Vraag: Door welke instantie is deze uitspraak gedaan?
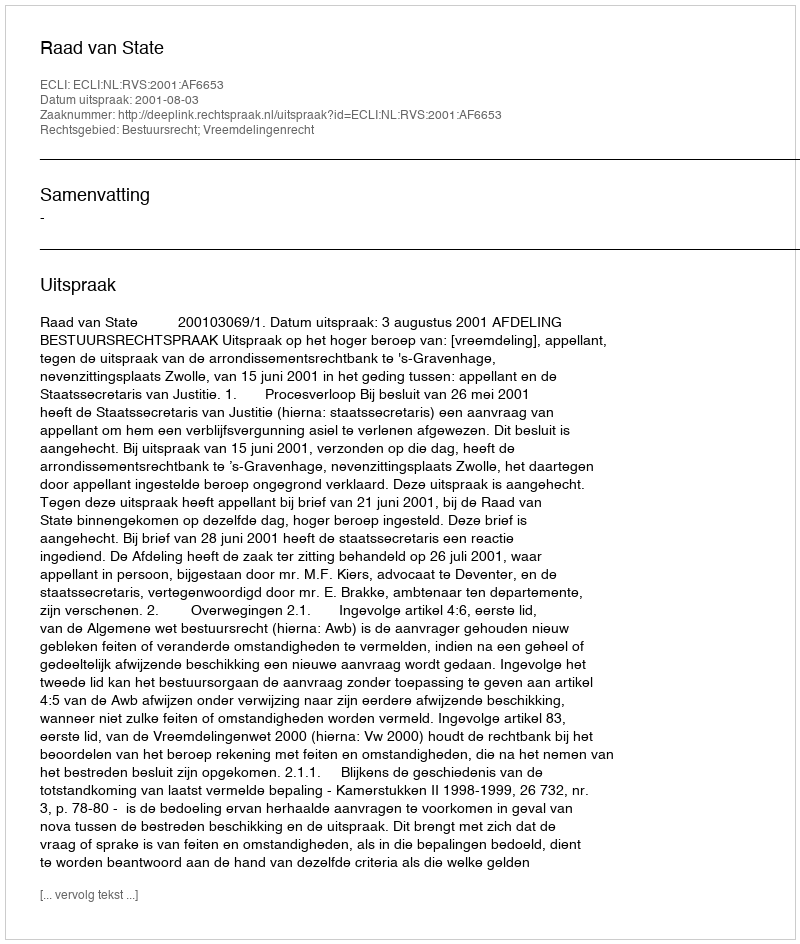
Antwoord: Raad van State